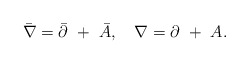
\begin{align*}\bar\nabla=\bar\partial~+~\bar A,~~~\nabla=\partial~+~A.\end{align*}